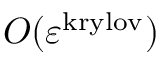
O ( \varepsilon ^ { \mathrm { k r y l o v } } )